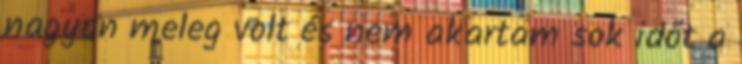
nagyon meleg volt és nem akartam sok időt a